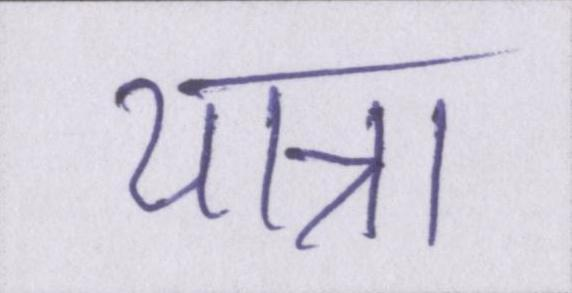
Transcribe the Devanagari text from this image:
यात्रा